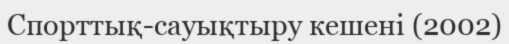
Спорттық-сауықтыру кешені (2002)